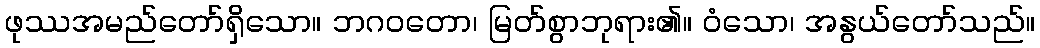
ဖုဿအမည်တော်ရှိသော။ ဘဂဝတော၊ မြတ်စွာဘုရား၏။ ဝံသော၊ အနွယ်တော်သည်။